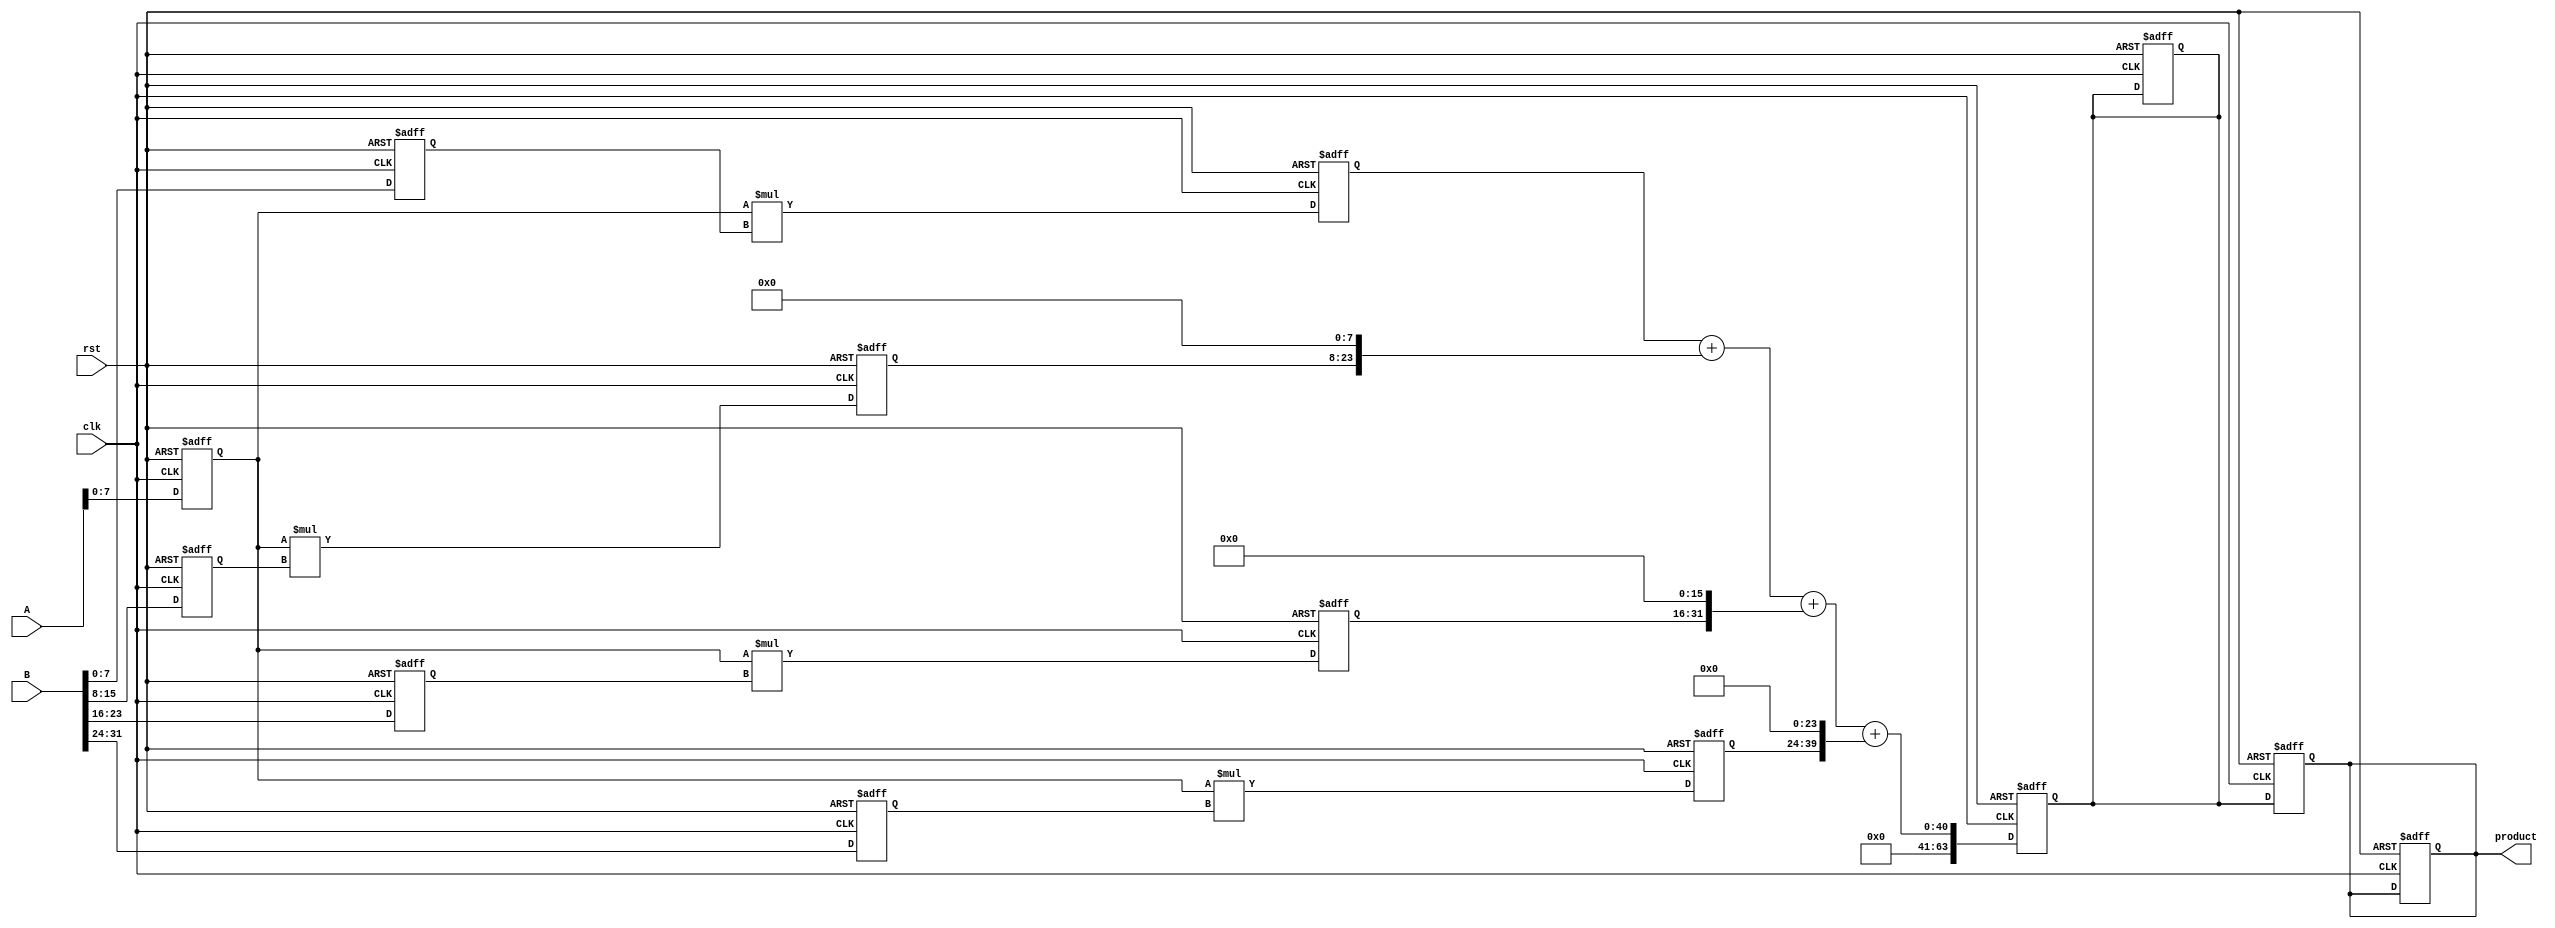
module pipelined_sliced_multiplier #(
    parameter N = 32, // Width of operands
    parameter M = 4   // Number of slices
)(
    input clk,
    input rst,
    input [N-1:0] A,
    input [N-1:0] B,
    output reg [2*N-1:0] product
);

    localparam SLICE_WIDTH = N / M; // Width of each slice
    reg [SLICE_WIDTH-1:0] A_slice[M-1:0];
    reg [SLICE_WIDTH-1:0] B_slice[M-1:0];
    reg [2*SLICE_WIDTH-1:0] partial_products[M-1:0];
    reg [2*N-1:0] sum_partial_products;
    
    // Stage 1: Slice Multiplication
    always @(posedge clk or posedge rst) begin
        if (rst) begin
            A_slice[0] <= 0; A_slice[1] <= 0; A_slice[2] <= 0; A_slice[3] <= 0;
            B_slice[0] <= 0; B_slice[1] <= 0; B_slice[2] <= 0; B_slice[3] <= 0;
            partial_products[0] <= 0; partial_products[1] <= 0; partial_products[2] <= 0; partial_products[3] <= 0;
            sum_partial_products <= 0;
            product <= 0;
        end else begin
            // Slicing the inputs
            A_slice[0] <= A[SLICE_WIDTH-1:0];
            A_slice[1] <= A[2*SLICE_WIDTH-1:SLICE_WIDTH];
            A_slice[2] <= A[3*SLICE_WIDTH-1:2*SLICE_WIDTH];
            A_slice[3] <= A[4*SLICE_WIDTH-1:3*SLICE_WIDTH];

            B_slice[0] <= B[SLICE_WIDTH-1:0];
            B_slice[1] <= B[2*SLICE_WIDTH-1:SLICE_WIDTH];
            B_slice[2] <= B[3*SLICE_WIDTH-1:2*SLICE_WIDTH];
            B_slice[3] <= B[4*SLICE_WIDTH-1:3*SLICE_WIDTH];

            // Multiplying slices
            partial_products[0] <= A_slice[0] * B_slice[0];
            partial_products[1] <= A_slice[0] * B_slice[1];
            partial_products[2] <= A_slice[0] * B_slice[2];
            partial_products[3] <= A_slice[0] * B_slice[3];
        end
    end

    // Stage 2: Partial Product Generation (next clock cycle)
    always @(posedge clk or posedge rst) begin
        if (rst) begin
            sum_partial_products <= 0;
        end else begin
            sum_partial_products <= partial_products[0] + 
                                   (partial_products[1] << SLICE_WIDTH) + 
                                   (partial_products[2] << (2*SLICE_WIDTH)) + 
                                   (partial_products[3] << (3*SLICE_WIDTH));
        end
    end

    // Stage 3: Final Output (next clock cycle)
    always @(posedge clk or posedge rst) begin
        if (rst) begin
            product <= 0;
        end else begin
            product <= sum_partial_products;
        end
    end

endmodule